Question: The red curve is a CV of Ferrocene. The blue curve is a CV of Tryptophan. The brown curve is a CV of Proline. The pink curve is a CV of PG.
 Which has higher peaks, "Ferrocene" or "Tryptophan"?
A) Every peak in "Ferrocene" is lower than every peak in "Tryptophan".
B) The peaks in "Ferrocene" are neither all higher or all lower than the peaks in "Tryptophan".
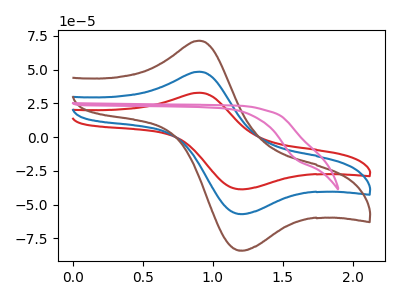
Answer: <think>The red curve "Ferrocene" has an anodic peak at (0.90V, 32.80uA) and a cathodic peak at (1.20V, -38.60uA). The blue curve "Tryptophan" has an anodic peak at (0.90V, 48.35uA) and a cathodic peak at (1.20V, -56.95uA). The brown curve "Proline" has an anodic peak at (0.90V, 96.75uA) and a cathodic peak at (1.20V, -113.85uA). The pink curve "PG" has no peaks.</think>
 <answer>A) Every peak in "Ferrocene" is lower than every peak in "Tryptophan".</answer>
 <eval>A</eval>